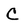
Character: C